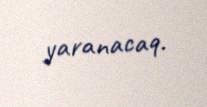
yaranacaq.